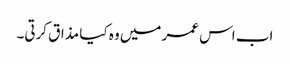
اب اس عمر میں وہ کیا مذاق کرتی۔